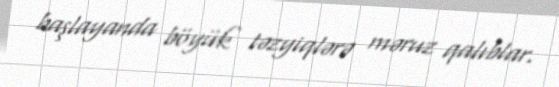
başlayanda böyük təzyiqlərə məruz qalıblar.